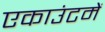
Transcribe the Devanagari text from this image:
एकाउंटमें